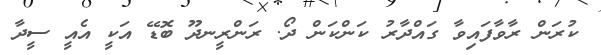
ކުރަން ރާވާފައިވާ ގައްދާރު ކަންކަން ދޯ. ރަންރީނދޫ ބޮޑޭ އަކީ އެއީ ސީދާ